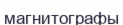
магнитографы